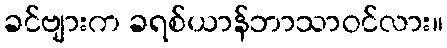
ခင်ဗျားက ခရစ်ယာန်ဘာသာဝင်လား။